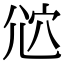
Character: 𡯠